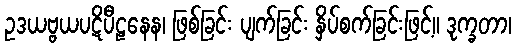
ဥဒယဗ္ဗယပဋိပီဠနေန၊ ဖြစ်ခြင်း ပျက်ခြင်း နှိပ်စက်ခြင်းဖြင့်။ ဒုက္ခတာ၊